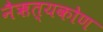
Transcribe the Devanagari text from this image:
नैऋत्यकोण